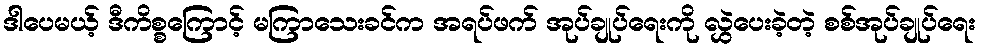
ဒါပေမယ့် ဒီကိစ္စကြောင့် မကြာသေးခင်က အရပ်ဖက် အုပ်ချုပ်ရေးကို လွှဲပေးခဲ့တဲ့ စစ်အုပ်ချုပ်ရေး